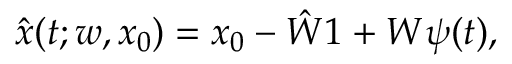
\begin{array} { r } { \hat { x } ( t ; w , x _ { 0 } ) = x _ { 0 } - \hat { W } \boldsymbol { 1 } + W \psi ( t ) , } \end{array}